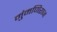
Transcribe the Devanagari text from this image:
मुंमणिराज